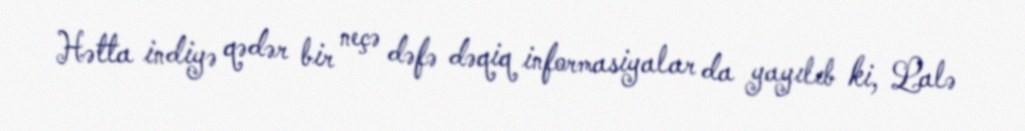
Hətta indiyə qədər bir neçə dəfə dəqiq informasiyalar da yayılıb ki, Lalə